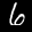
Label: 6